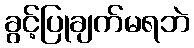
ခွင့်ပြုချက်မရဘဲ